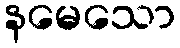
နမေသော